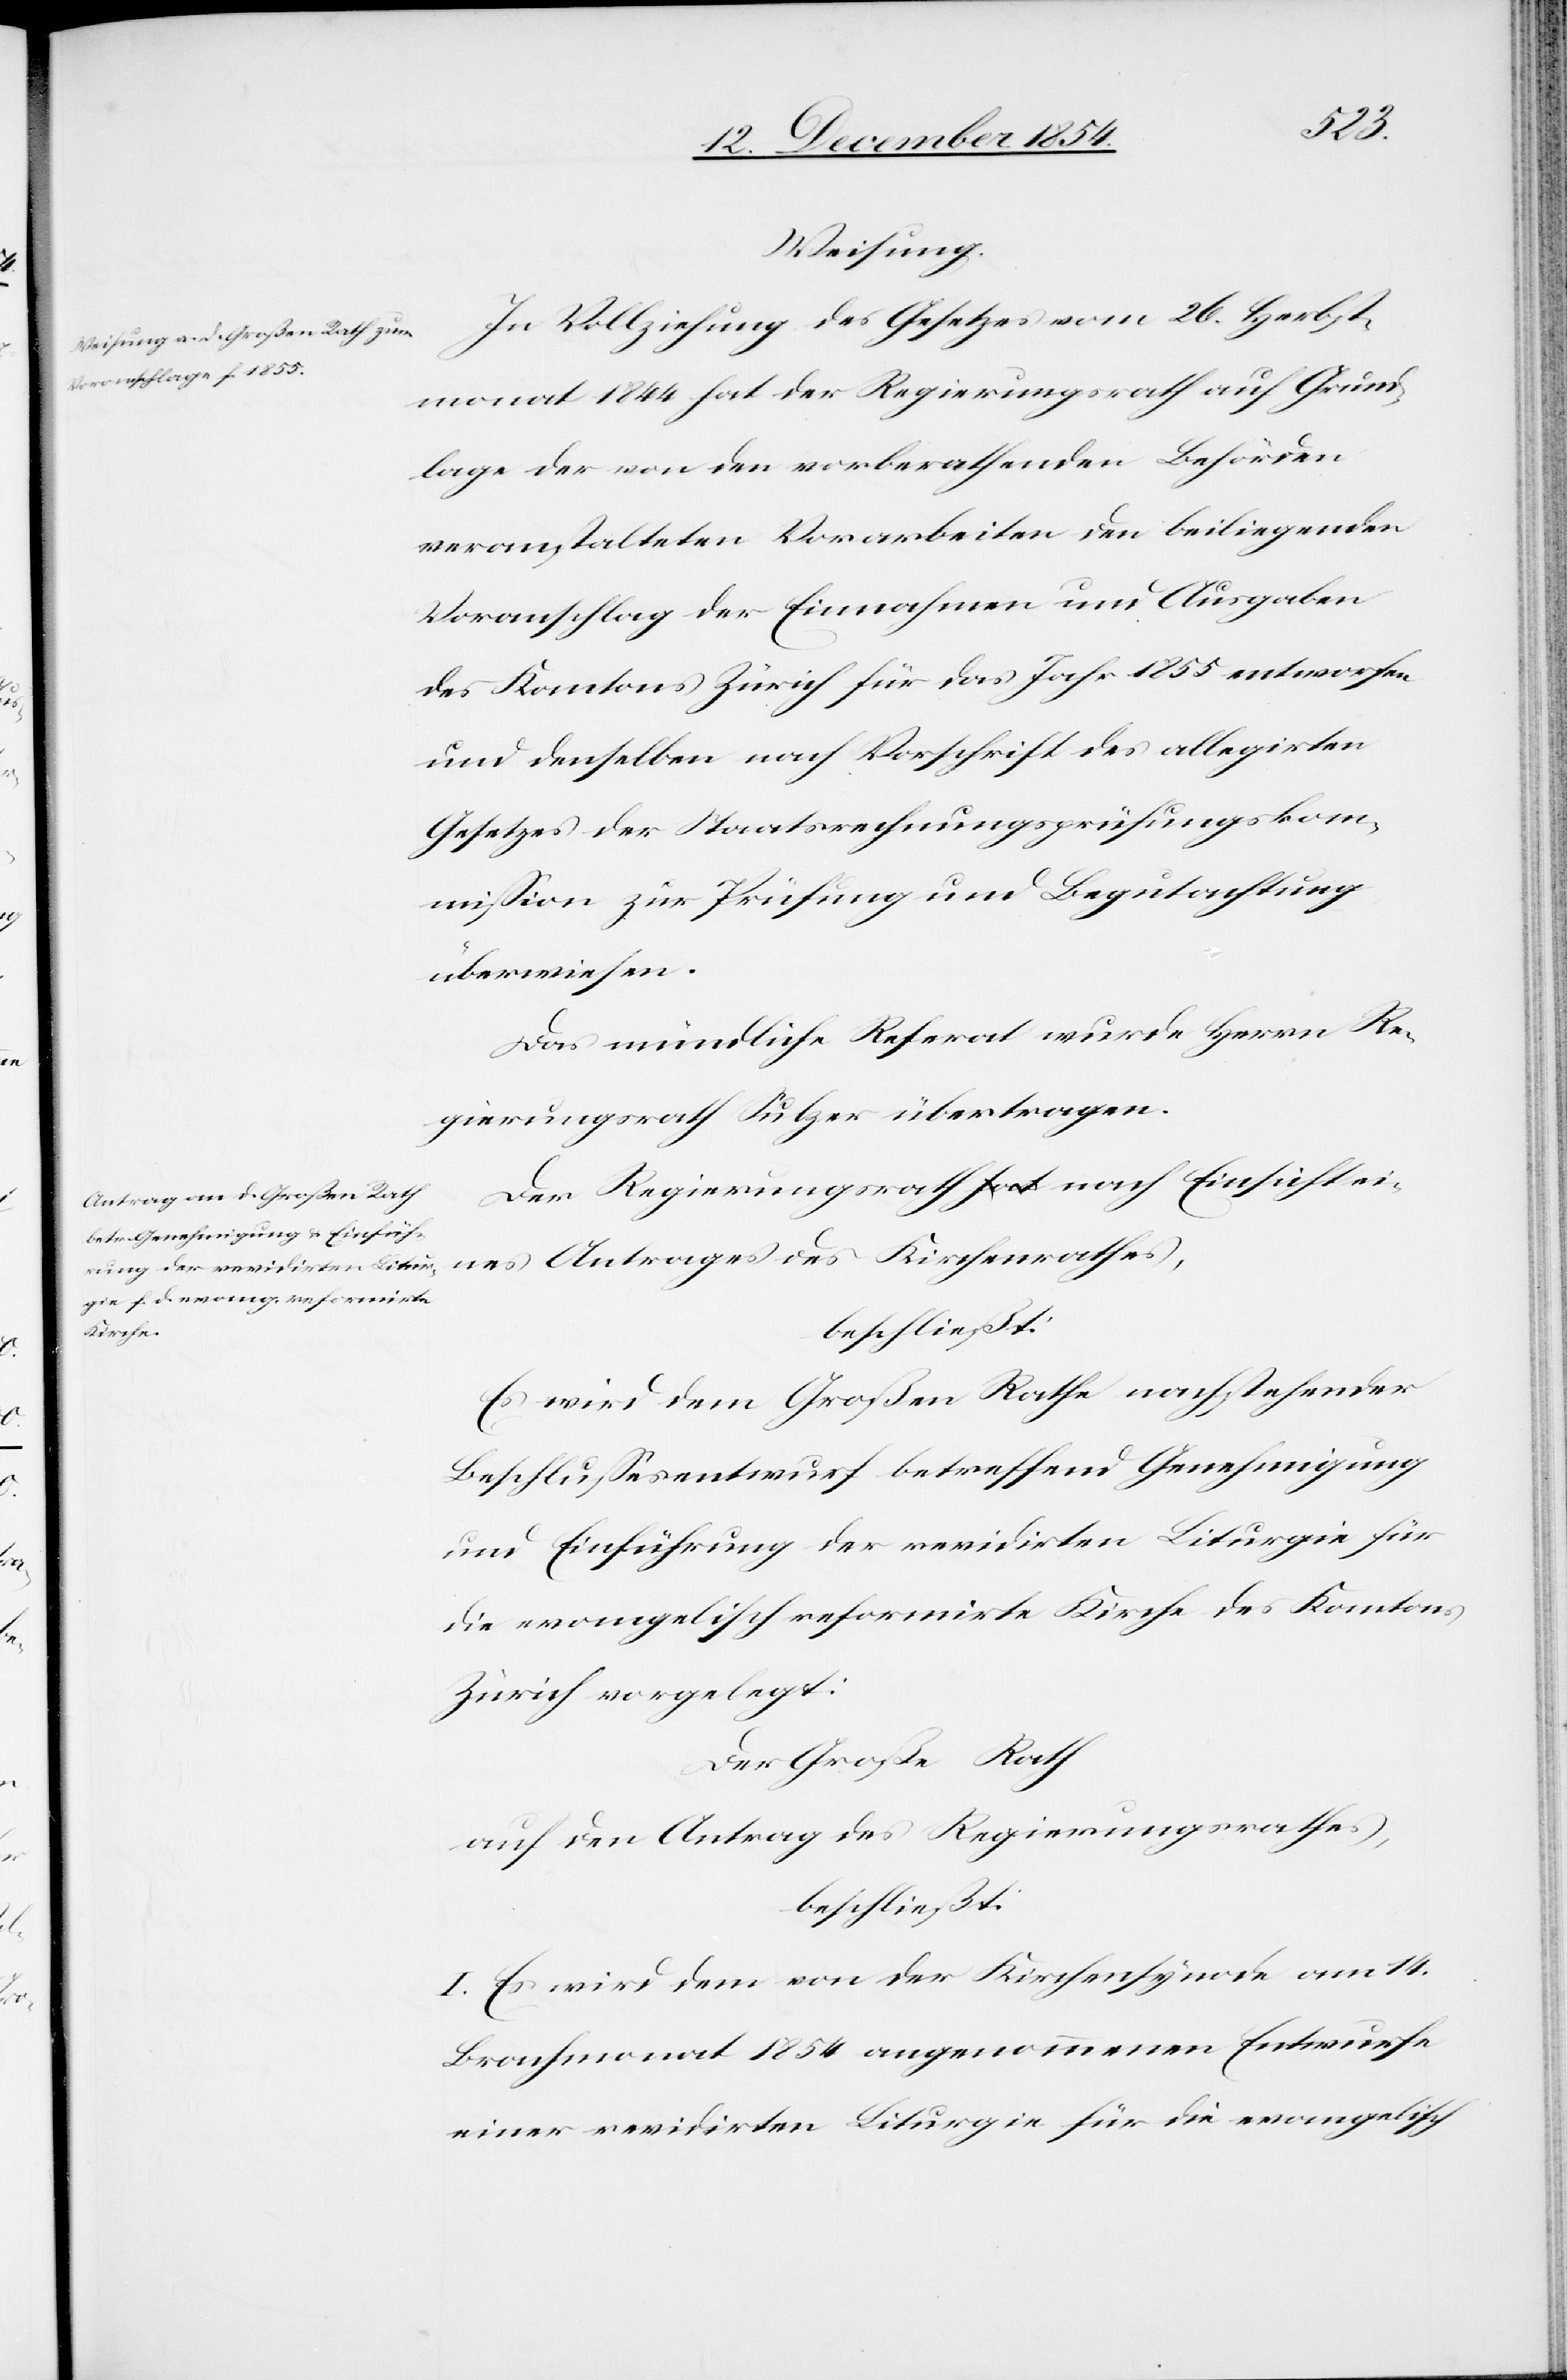
Weisung.
In Vollziehung des Gesetzes vom 26. Herbst¬
monat 1844 hat der Regierungsrath auf Grund¬
lage der von den vorberathenden Behörden
veranstalteten Vorarbeiten den beiliegenden
Voranschlag der Einnahmen und Ausgaben
des Kantons Zürich für das Jahr 1855 entworfen
und denselben nach Vorschrift des allegirten
Gesetzes der Staatsrechnungsprüfungskom¬
mißion zur Prüfung und Begutachtung
überwiesen.
Das mündliche Referat wurde Herrn Re¬
gierungsrath Sulzer übertragen.
Der Regierungsrath nach Einsicht ei¬
nes Antrages des Kirchenrathes,
beschließt:
Es wird dem Großen Rathe nachstehender
Beschlußesentwurf betreffend Genehmigung
und Einführung der revidirten Liturgie für
die evangelisch reformirte Kirche des Kantons
Zürich vorgelegt:
Der Große Rath
auf den Antrag des Regierungsrathes,
I. Es wird dem von der Kirchensynode am 14.
Brachmonat 1854 angenommenen Entwurfe
einer revidirten Liturgie für die evangelisch